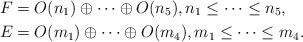
LaTeX: \begin{align*} F &= O(n_{1}) \oplus \dots \oplus O(n_{5}), n_{1} \leq \dots \leq n_{5}, \\ E &= O(m_{1}) \oplus \dots \oplus O(m_{4}), m_{1} \leq \dots \leq m_{4}. \end{align*}